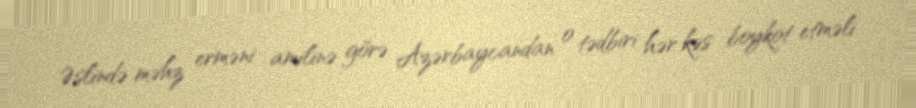
Əslində məhz erməni amilinə görə Azərbaycandan o tədbiri hər kəs boykot etməli